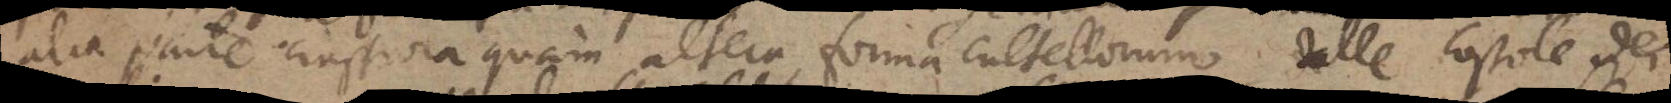
alia parte crassiora quam altera forma cultellorum dalle costole dei